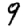
Digit: 9